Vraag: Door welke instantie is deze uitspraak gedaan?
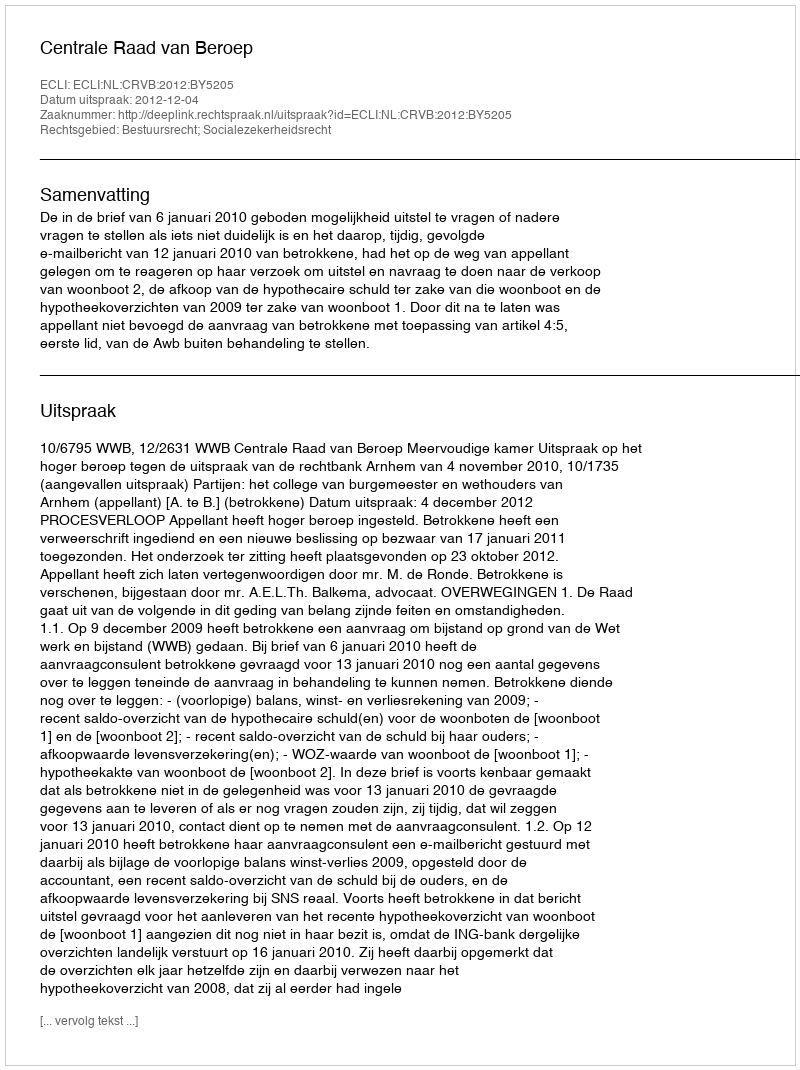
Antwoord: Centrale Raad van Beroep